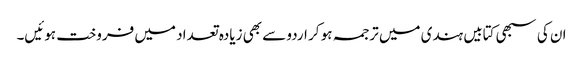
ان کی سبھی کتابیں ہندی میں ترجمہ ہو کر اردو سے بھی زیادہ تعداد میں فروخت ہوئیں۔